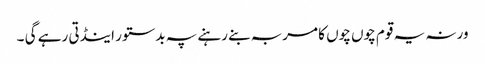
ورنہ یہ قوم چوں چوں کا مربہ بنے رہنے پہ بدستور اینڈتی رہے گی ۔